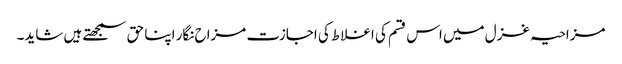
مزاحیہ غزل میں اس قسم کی اغلاط کی اجازت مزاح نگار اپنا حق سمجھتے ہیں شاید۔